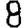
Digit: 8